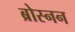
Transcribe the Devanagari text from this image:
ब्रोस्नन